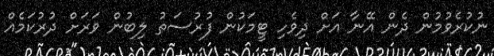
ނުކުރެވުމުން ދެން އޭނާ އަށް ދިވެހި ޓީމަކުން ފުރުސަތު ލިބުން ވަރަށް ދުރުކަމެއް